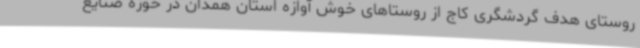
روستای هدف گردشگری کاج از روستاهای خوش آوازه استان همدان در حوزه صنایع